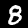
Label: 8